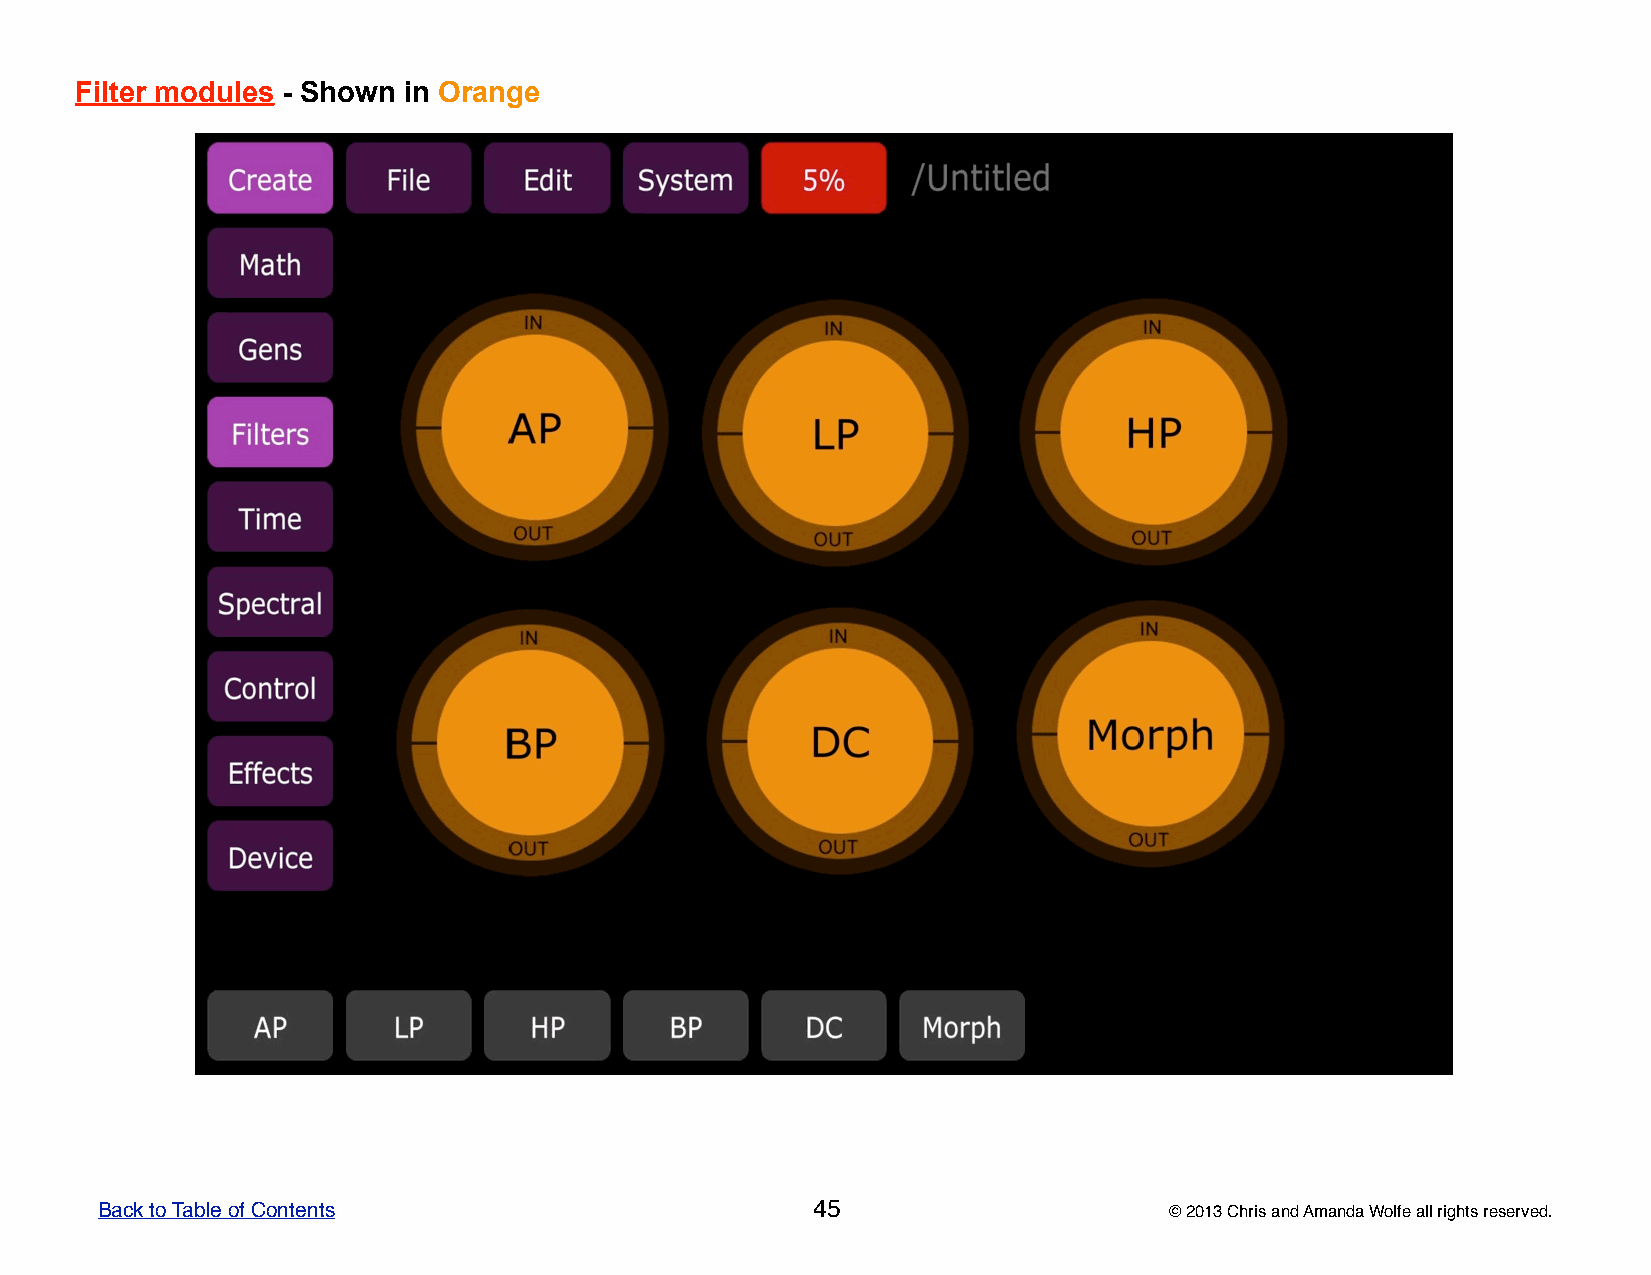
Filter modules - Shown in Orange
 Back to Table of Contents                       45                     © 2013 Chris and Amanda Wolfe all rights reserved.